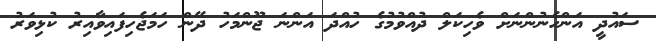
ސައުދީ އަންހެނުންނަށް ވެހިކަލް ދުއްވުމުގެ ހުއްދަ އަންނަ ޖޫންމަހު ދޭން ހަމަޖެހިފައިވާއިރު ކުޅިވަރު